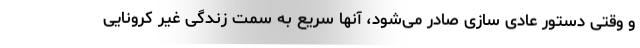
و وقتی دستور عادی سازی صادر می‌شود، آنها سریع به سمت زندگی غیر کرونایی